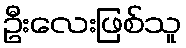
ဦးလေးဖြစ်သူ